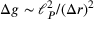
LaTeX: \Delta g \sim \ell _ { P } ^ { 2 } / ( \Delta r ) ^ { 2 }